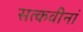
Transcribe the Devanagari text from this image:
सत्कवीनां